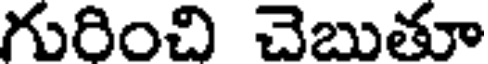
గురించి చెబుతూ